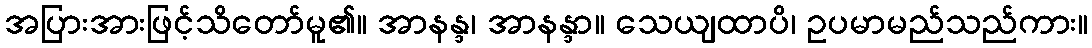
အပြားအားဖြင့်သိတော်မူ၏။ အာနန္ဒ၊ အာနန္ဒာ။ သေယျထာပိ၊ ဥပမာမည်သည်ကား။